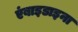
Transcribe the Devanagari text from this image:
एंबाइडाइना